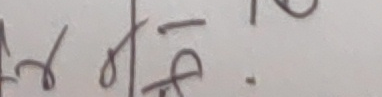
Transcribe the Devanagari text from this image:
रख | 1ढ.